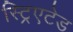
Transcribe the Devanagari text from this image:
स्ट्रिएटेड